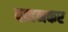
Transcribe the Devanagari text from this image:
वाहनकर